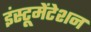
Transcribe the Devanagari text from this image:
इंस्‍टूमेंटेशन